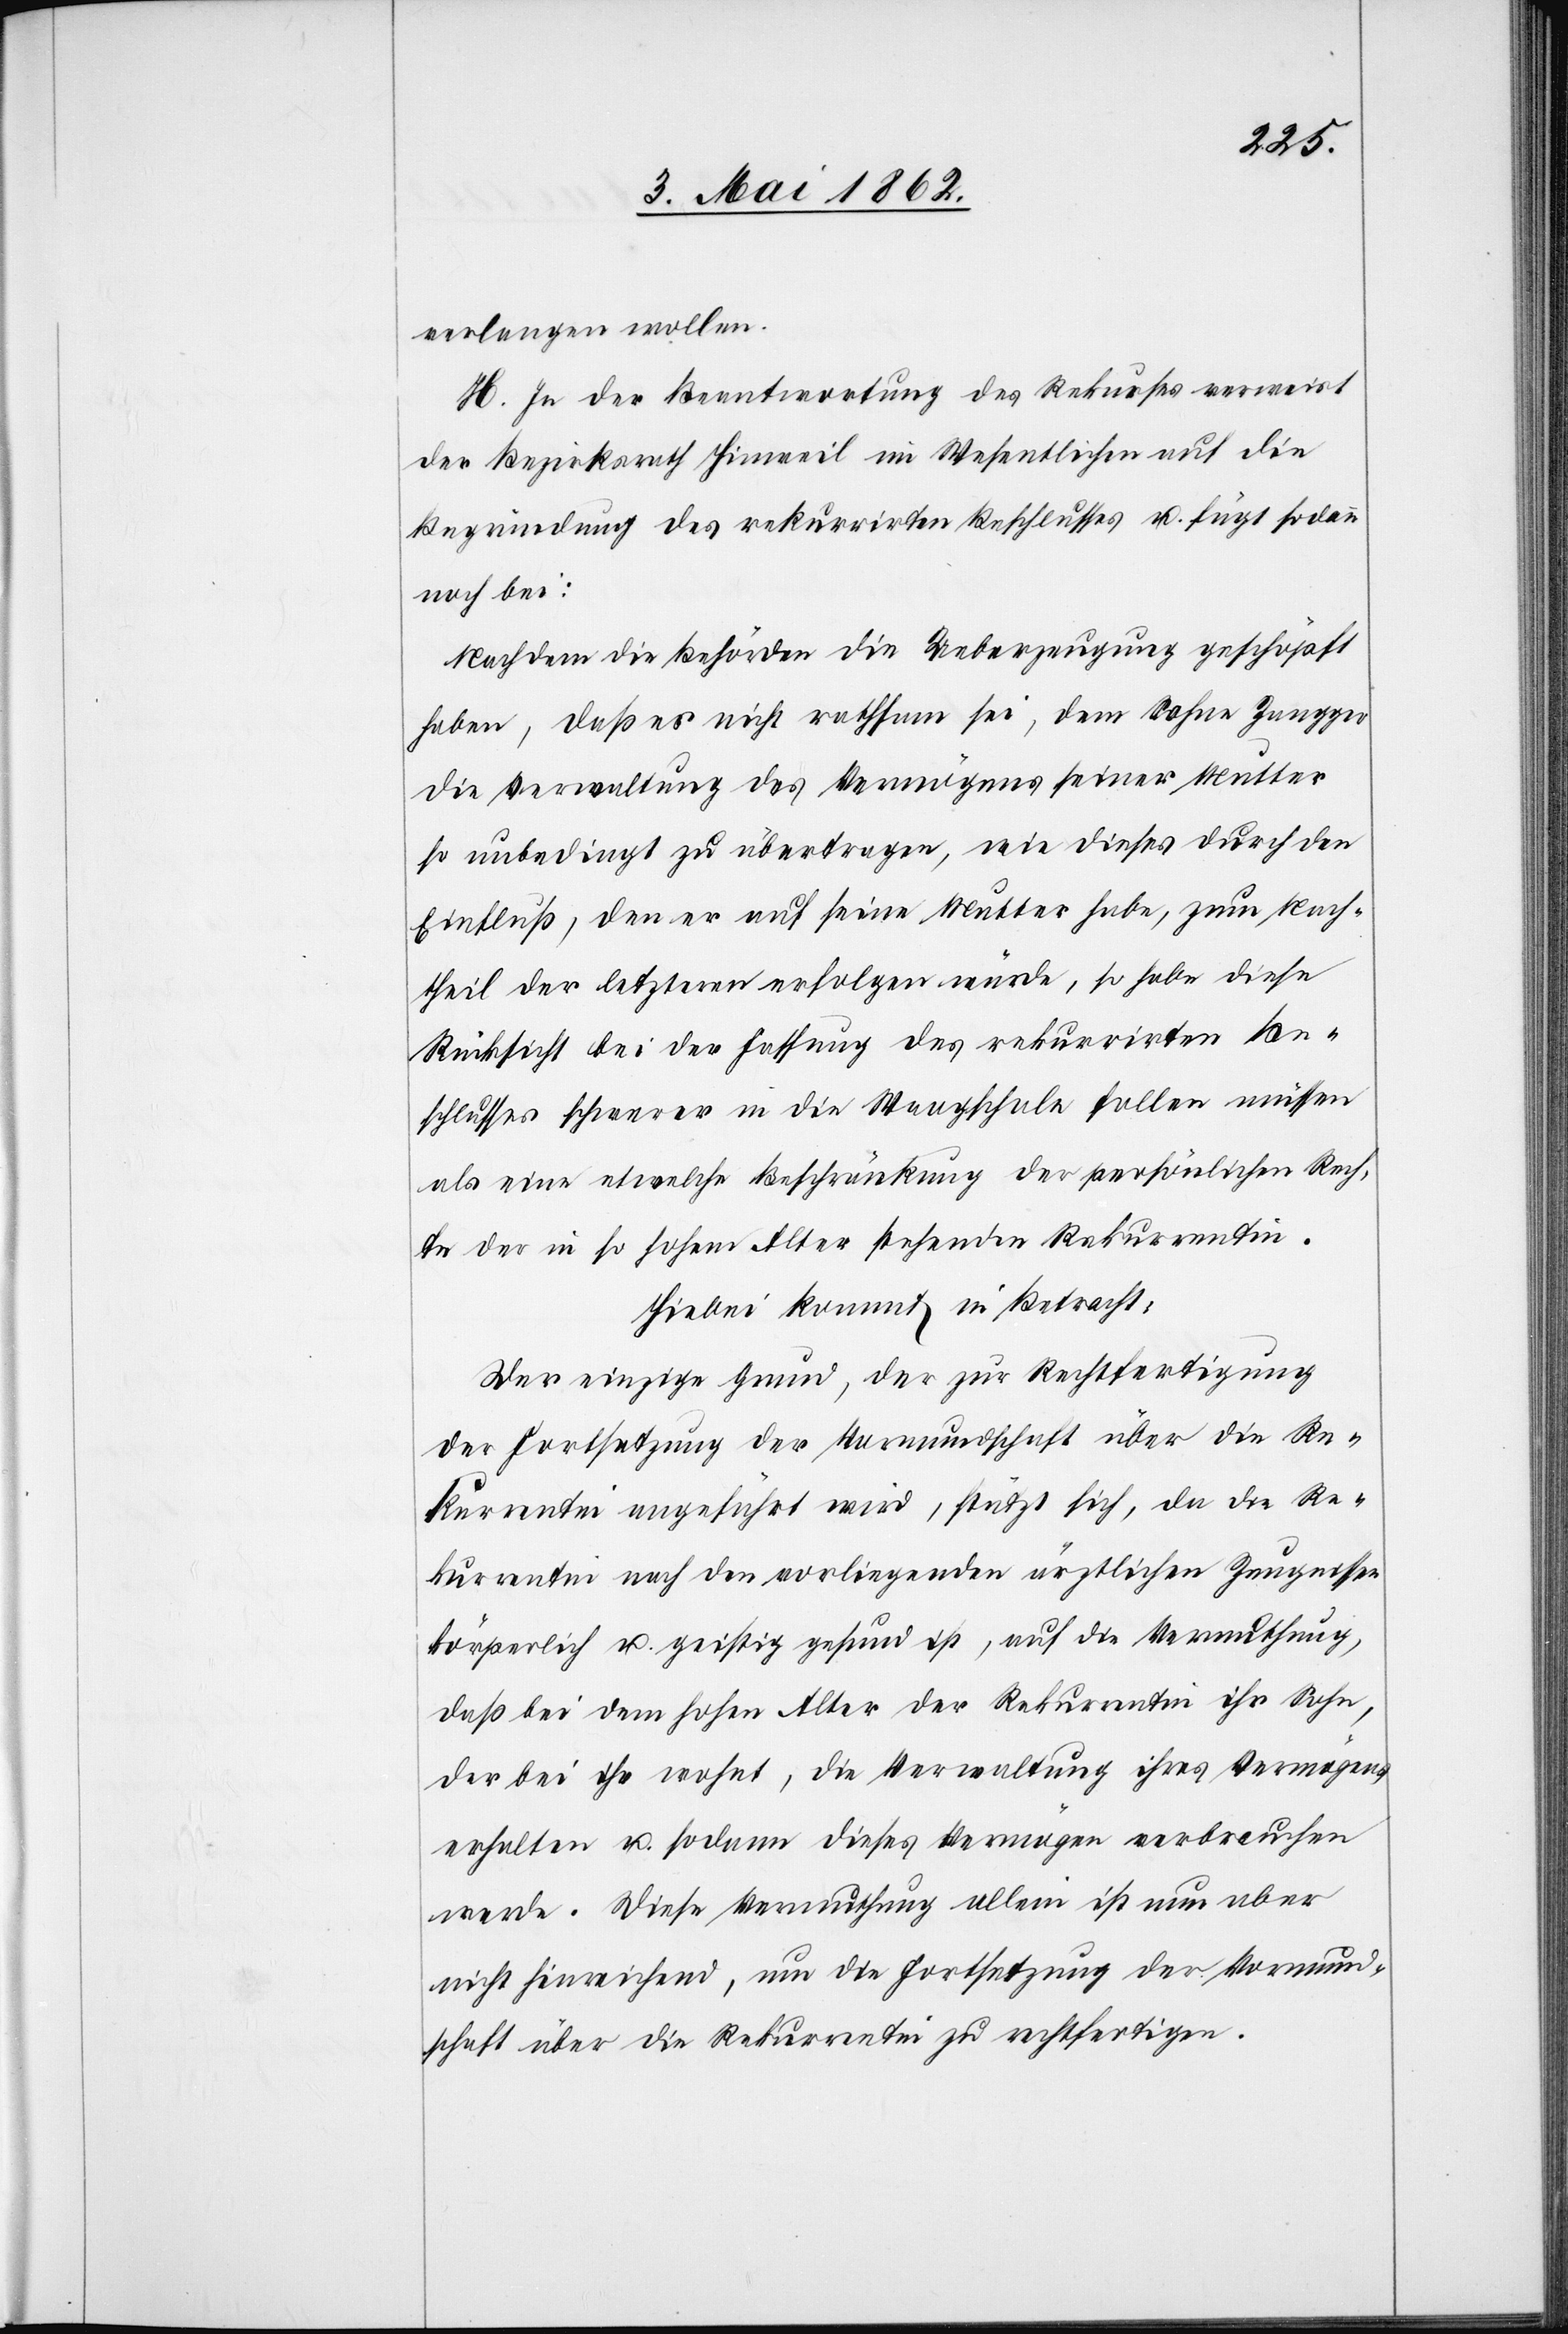
verlangen wollen.
H. In der Beantwortung des Rekurses verweist
der Bezirksrath Hinweil im Wesentlichen auf die
Begründung des rekurrirten Beschlusses u. fügt sodann
noch bei:
Nachdem die Behörden die Ueberzeugung geschöpft
haben, daß es nicht rathsam sei, dem Sohne Zangger
die Verwaltung des Vermögens seiner Mutter
so unbedingt zu übertragen, wie dieses durch den
Einfluß, den er auf seine Mutter habe, zum Nach¬
theil der letzteren erfolgen würde, so habe diese
Rücksicht bei der Fassung des rekurrirten Be¬
schlusses schwerer in die Waagschale fallen müssen
als eine etwelche Beschränkung der persönlichen Rech¬
te der in so hohem Alter stehenden Rekurrentin.
Hiebei kommt in Betracht:
Der einzige Grund, der zur Rechtfertigung
der Fortsetzung der Vormundschaft über die Re¬
kurrentin angeführt wird, stütz sich, da die Re¬
kurrentin nach den vorliegenden ärztlichen Zeugnissen
körperlich u. geistig gesund ist, auf die Vermuthung,
daß bei dem hohen Alter der Rekurrentin ihr Sohn,
der bei ihr wohnt, die Verwaltung ihres Vermögens
erhalten u. sodann dieses Vermögen verbrauchen
werde. Diese Vermuthung allein ist nun aber
nicht hinreichend, um die Fortsetzung der Vormund¬
schaft über die Rekurrentin zu rechtfertigen.